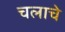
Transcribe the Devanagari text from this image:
चलाचे